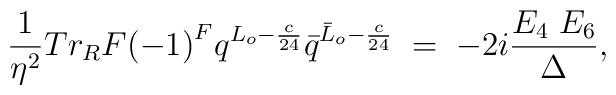
\frac{1}{\eta^2} {Tr_R} F{(-1)}^F q^{L_o - \frac{c}{24} }{\bar q}^{{\bar L}_o -\frac{c}{24}}\; =\; -2i \frac{E_4\; E_6}{\Delta},